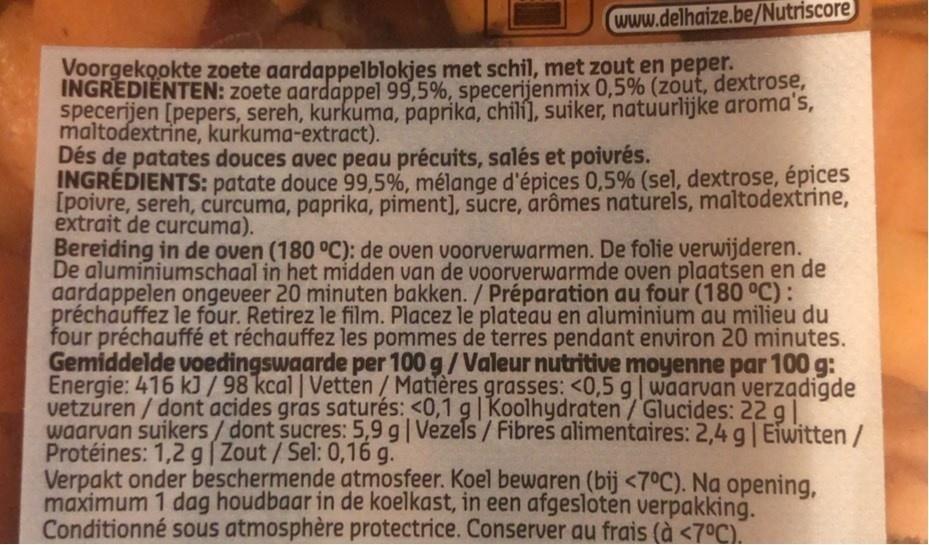
www.delhaize.be/Nutriscore
Voorgekookte zoete aardappelblokjes met schil, met zout en peper. INGREDIENTEN: zoete aardappel 99,5%, specerijenmix 0,5% (zout, dextrose, specerijen [pepers, sereh, kurkuma, paprika, chili], suiker, natuurlijke aroma's, maltodextrine, kurkuma-extract). Dés de patates douces avec peau précuits, salés et poivrés. INGRÉDIENTS: patate douce 99,5%, mélange d'épices 0,5% (sel, dextrose, épices [poivre, sereh, curcuma, paprika, piment], sucre, arômes naturels, maltodextrine, extrait de curcuma). Bereiding in de oven (180 °C): de oven voorverwarmen. De folie verwijderen. De aluminiumschaal in het midden van de voorverwarmde oven plaatsen en de aardappelen ongeveer 20 minuten bakken. / Préparation au four (180 °C): préchauffez le four. Retirez le film. Placez le plateau en aluminium au milieu du four préchauffé et réchauffez les pommes de terres pendant environ 20 minutes. Gemiddelde voedingswaarde per 100 g/Valeur nutritive moyenne par 100 g: Energie: 416 kJ/ 98 kcal | Vetten/Matières grasses: <0,5 g| waarvan verzadigde vetzüren / dont acides gras saturés: <0,1 g|Koolhydraten/Glucides: 22 g| waarvan suikers/ dont sucres: 5,9 g|Vezels / Fibres alimentaires: 2,4 g| Eiwitten / Protéines: 1,2 g[Zout/Sel: 0,16 g. Verpakt onder beschermende atmosfeer. Koel bewaren (bij <7°C). Na opening, maximum 1 dag houdbaar in de koelkast, in een afgesloten verpakking. Conditionné sous atmosphère protectrice. Conserver au frais (à <7°C).